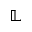
\mathbb L